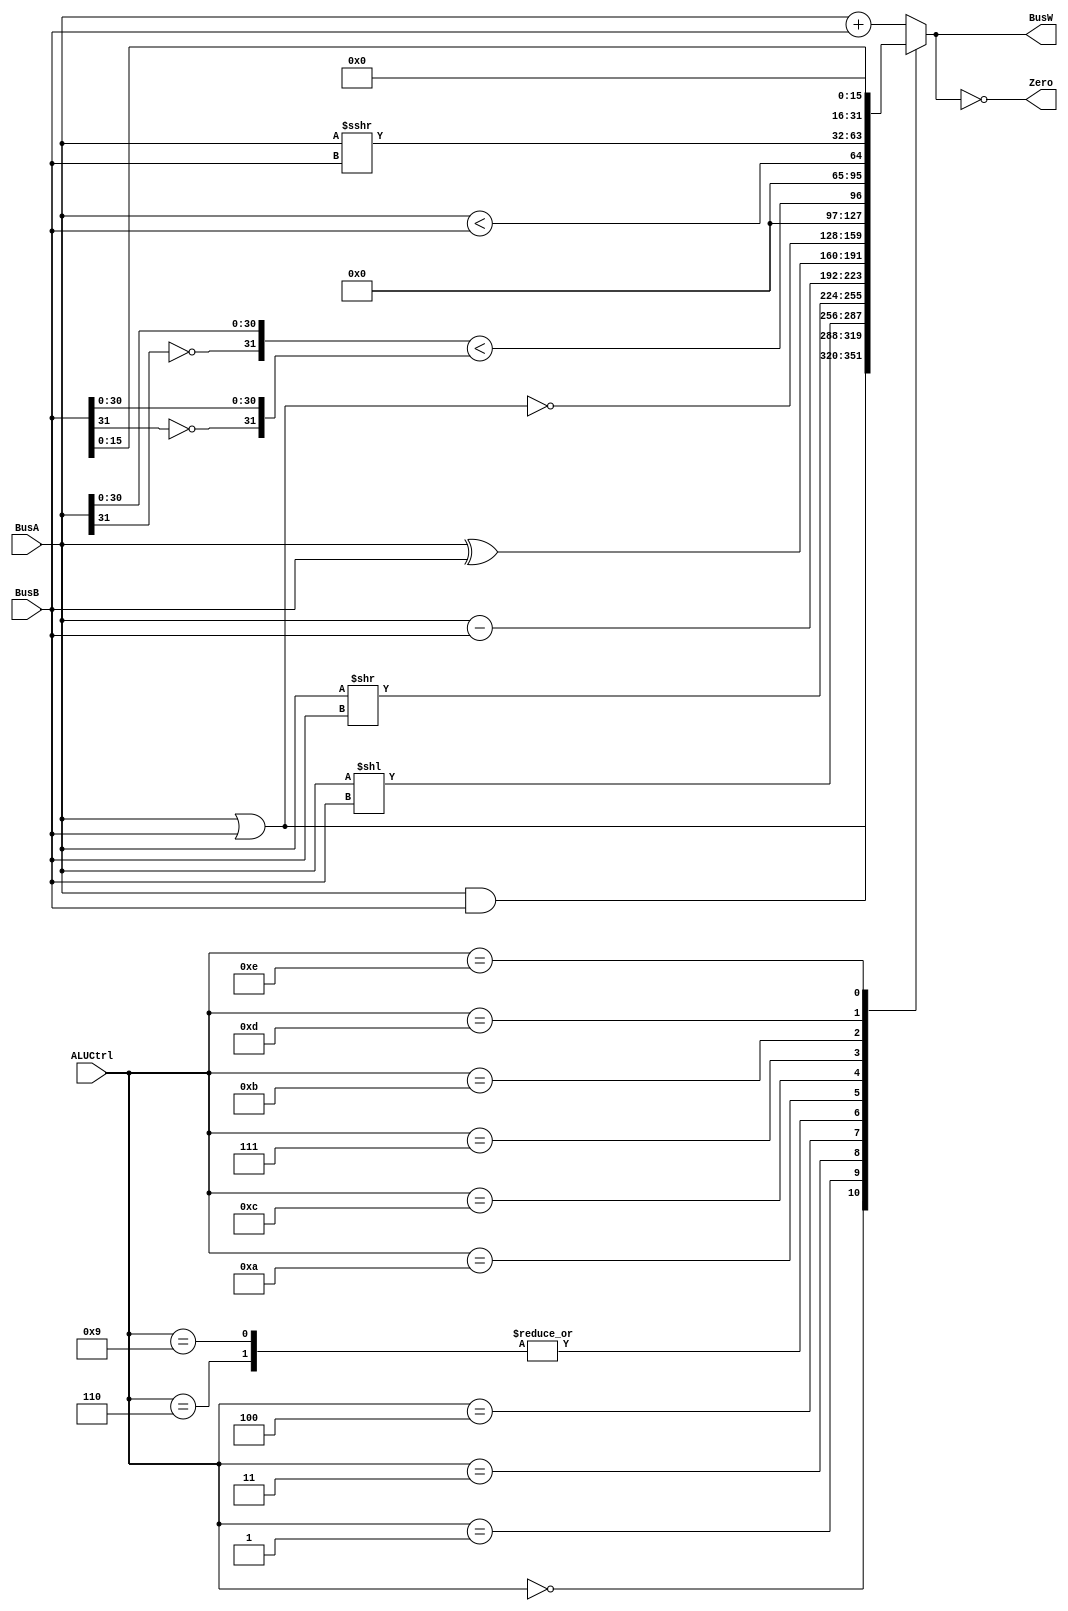
`timescale 1ns / 1ps
//////////////////////////////////////////////////////////////////////////////////
// Company: 
// Engineer: 
// 
// Design Name: 
// Module Name: ALU
// Project Name: 
// Target Devices: 
// Tool Versions: 
// Description: 
// 
// Dependencies: 
// 
// Revision:
// Revision 0.01 - File Created
// Additional Comments:
// 
//////////////////////////////////////////////////////////////////////////////////
//Define control inputs
`define AND 4'b0000
`define OR 4'b0001
`define ADD 4'b0010
`define SLL 4'b0011
`define SRL 4'b0100
`define SUB 4'b0110
`define SLT 4'b0111
`define ADDU 4'b1000
`define SUBU 4'b1001
`define XOR 4'b1010
`define SLTU 4'b1011
`define NOR 4'b1100
`define SRA 4'b1101
`define LUI 4'b1110

module ALU(BusW, Zero, BusA, BusB, ALUCtrl);
input wire [31:0] BusA, BusB;
output reg [31:0] BusW;
input wire [3:0] ALUCtrl ;
output wire Zero ;

wire less;
wire [63:0] Bus64;
//Generate ALUzero signal
assign Zero = BusW == 0;
assign less = ({1'b0,BusA} < {1'b0,BusB}  ? 1'b1 : 1'b0);
//Switch operation based on ctrl signal
always@(*) begin	
	case (ALUCtrl)
	`AND:   BusW <= BusA & BusB;
	`OR:    BusW <= BusA | BusB;
	`ADD:   BusW <= BusA + BusB;
	`ADDU:  BusW <= BusA + BusB;
	`SLL:   BusW <= BusA << BusB;
	`SRL:   BusW <= BusA >> BusB;
	`SUB:   BusW <= BusA - BusB;
	`SUBU:  BusW <= BusA - BusB;
	`XOR:   BusW <= BusA ^ BusB;
	`NOR:   BusW <= ~(BusA | BusB);
	`SLT:   BusW <= {~BusA[31:31] , BusA[30:0]} < {~BusB[31:31] , BusB[30:0]};
	`SLTU:  BusW <= BusA < BusB;
	`SRA:   BusW <= $signed(BusA) >>> BusB;
	`LUI:   BusW <= BusB << 16;
	default:BusW <= BusA + BusB;
	endcase
end
endmodule